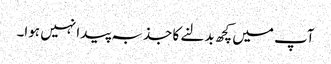
آپ میں کچھ بدلنے کا جذبہ پیدا نہیں ہوا۔